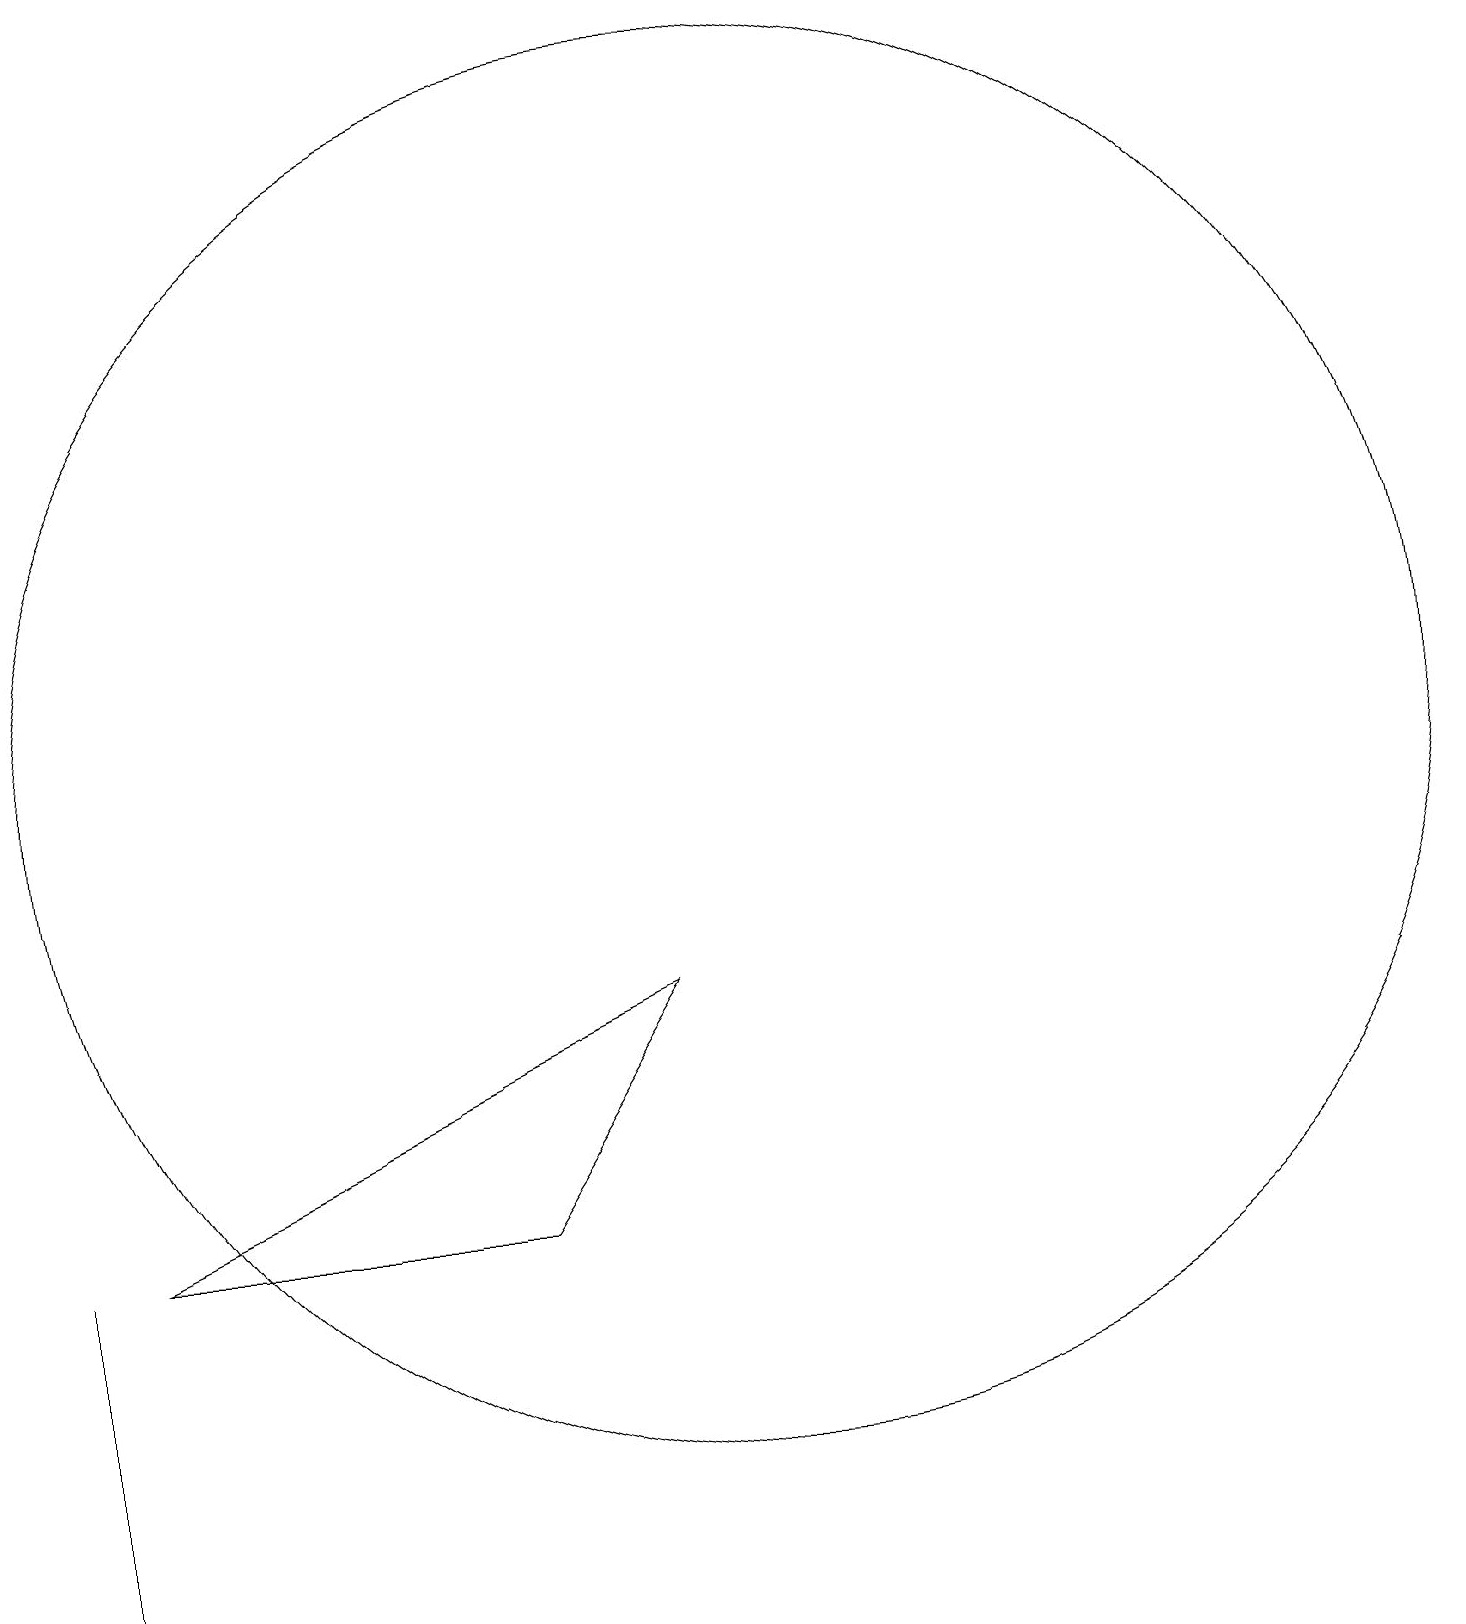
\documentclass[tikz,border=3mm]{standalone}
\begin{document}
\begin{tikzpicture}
\draw (9,8) -- (2,5) -- (7,5) -- cycle;
\draw (1,5) -- (1,0) -- (1,4) -- cycle;
\draw (10,11) circle (9);
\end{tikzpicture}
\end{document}